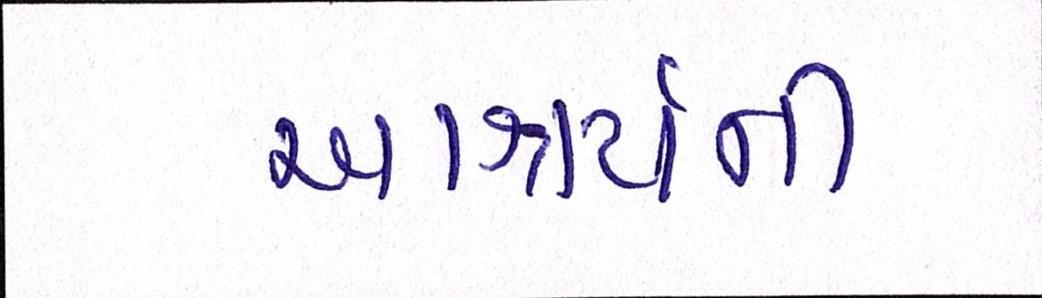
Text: આશ્ચર્ચની